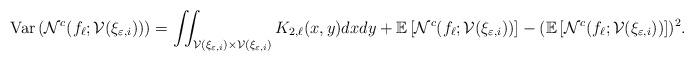
LaTeX: \begin{align*}{\rm Var} \left( \mathcal{N}^{c}(f_{\ell };{\cal V}(\xi _{\varepsilon ,i}))\right)&=\iint_{{\cal V} (\xi _{\varepsilon ,i})\times {\cal V}(\xi _{\varepsilon ,i})} K_{2,\ell}(x,y) dxdy +\mathbb{E}\left[ \mathcal{N}^{c}(f_{\ell }; {\cal V}(\xi _{\varepsilon ,i}))\right] -(\mathbb{E}\left[ \mathcal{N}^{c}(f_{\ell }; {\cal V}(\xi _{\varepsilon,i}))\right])^{2}. \end{align*}